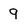
Character: 9